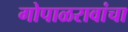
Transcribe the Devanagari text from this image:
गोपाळरावांचा